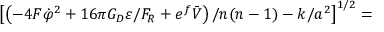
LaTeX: \left[ \left( - 4 F \dot { \varphi } ^ { 2 } + 1 6 \pi G _ { D } \varepsilon / F _ { R } + e ^ { f } \bar { V } \right) / n ( n - 1 ) - k / a ^ { 2 } \right] ^ { 1 / 2 } =